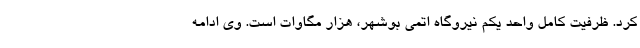
کرد. ظرفیت کامل واحد یکم نیروگاه اتمی بوشهر، هزار مگاوات است. وی ادامه